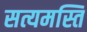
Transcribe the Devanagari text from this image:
सत्यमस्ति